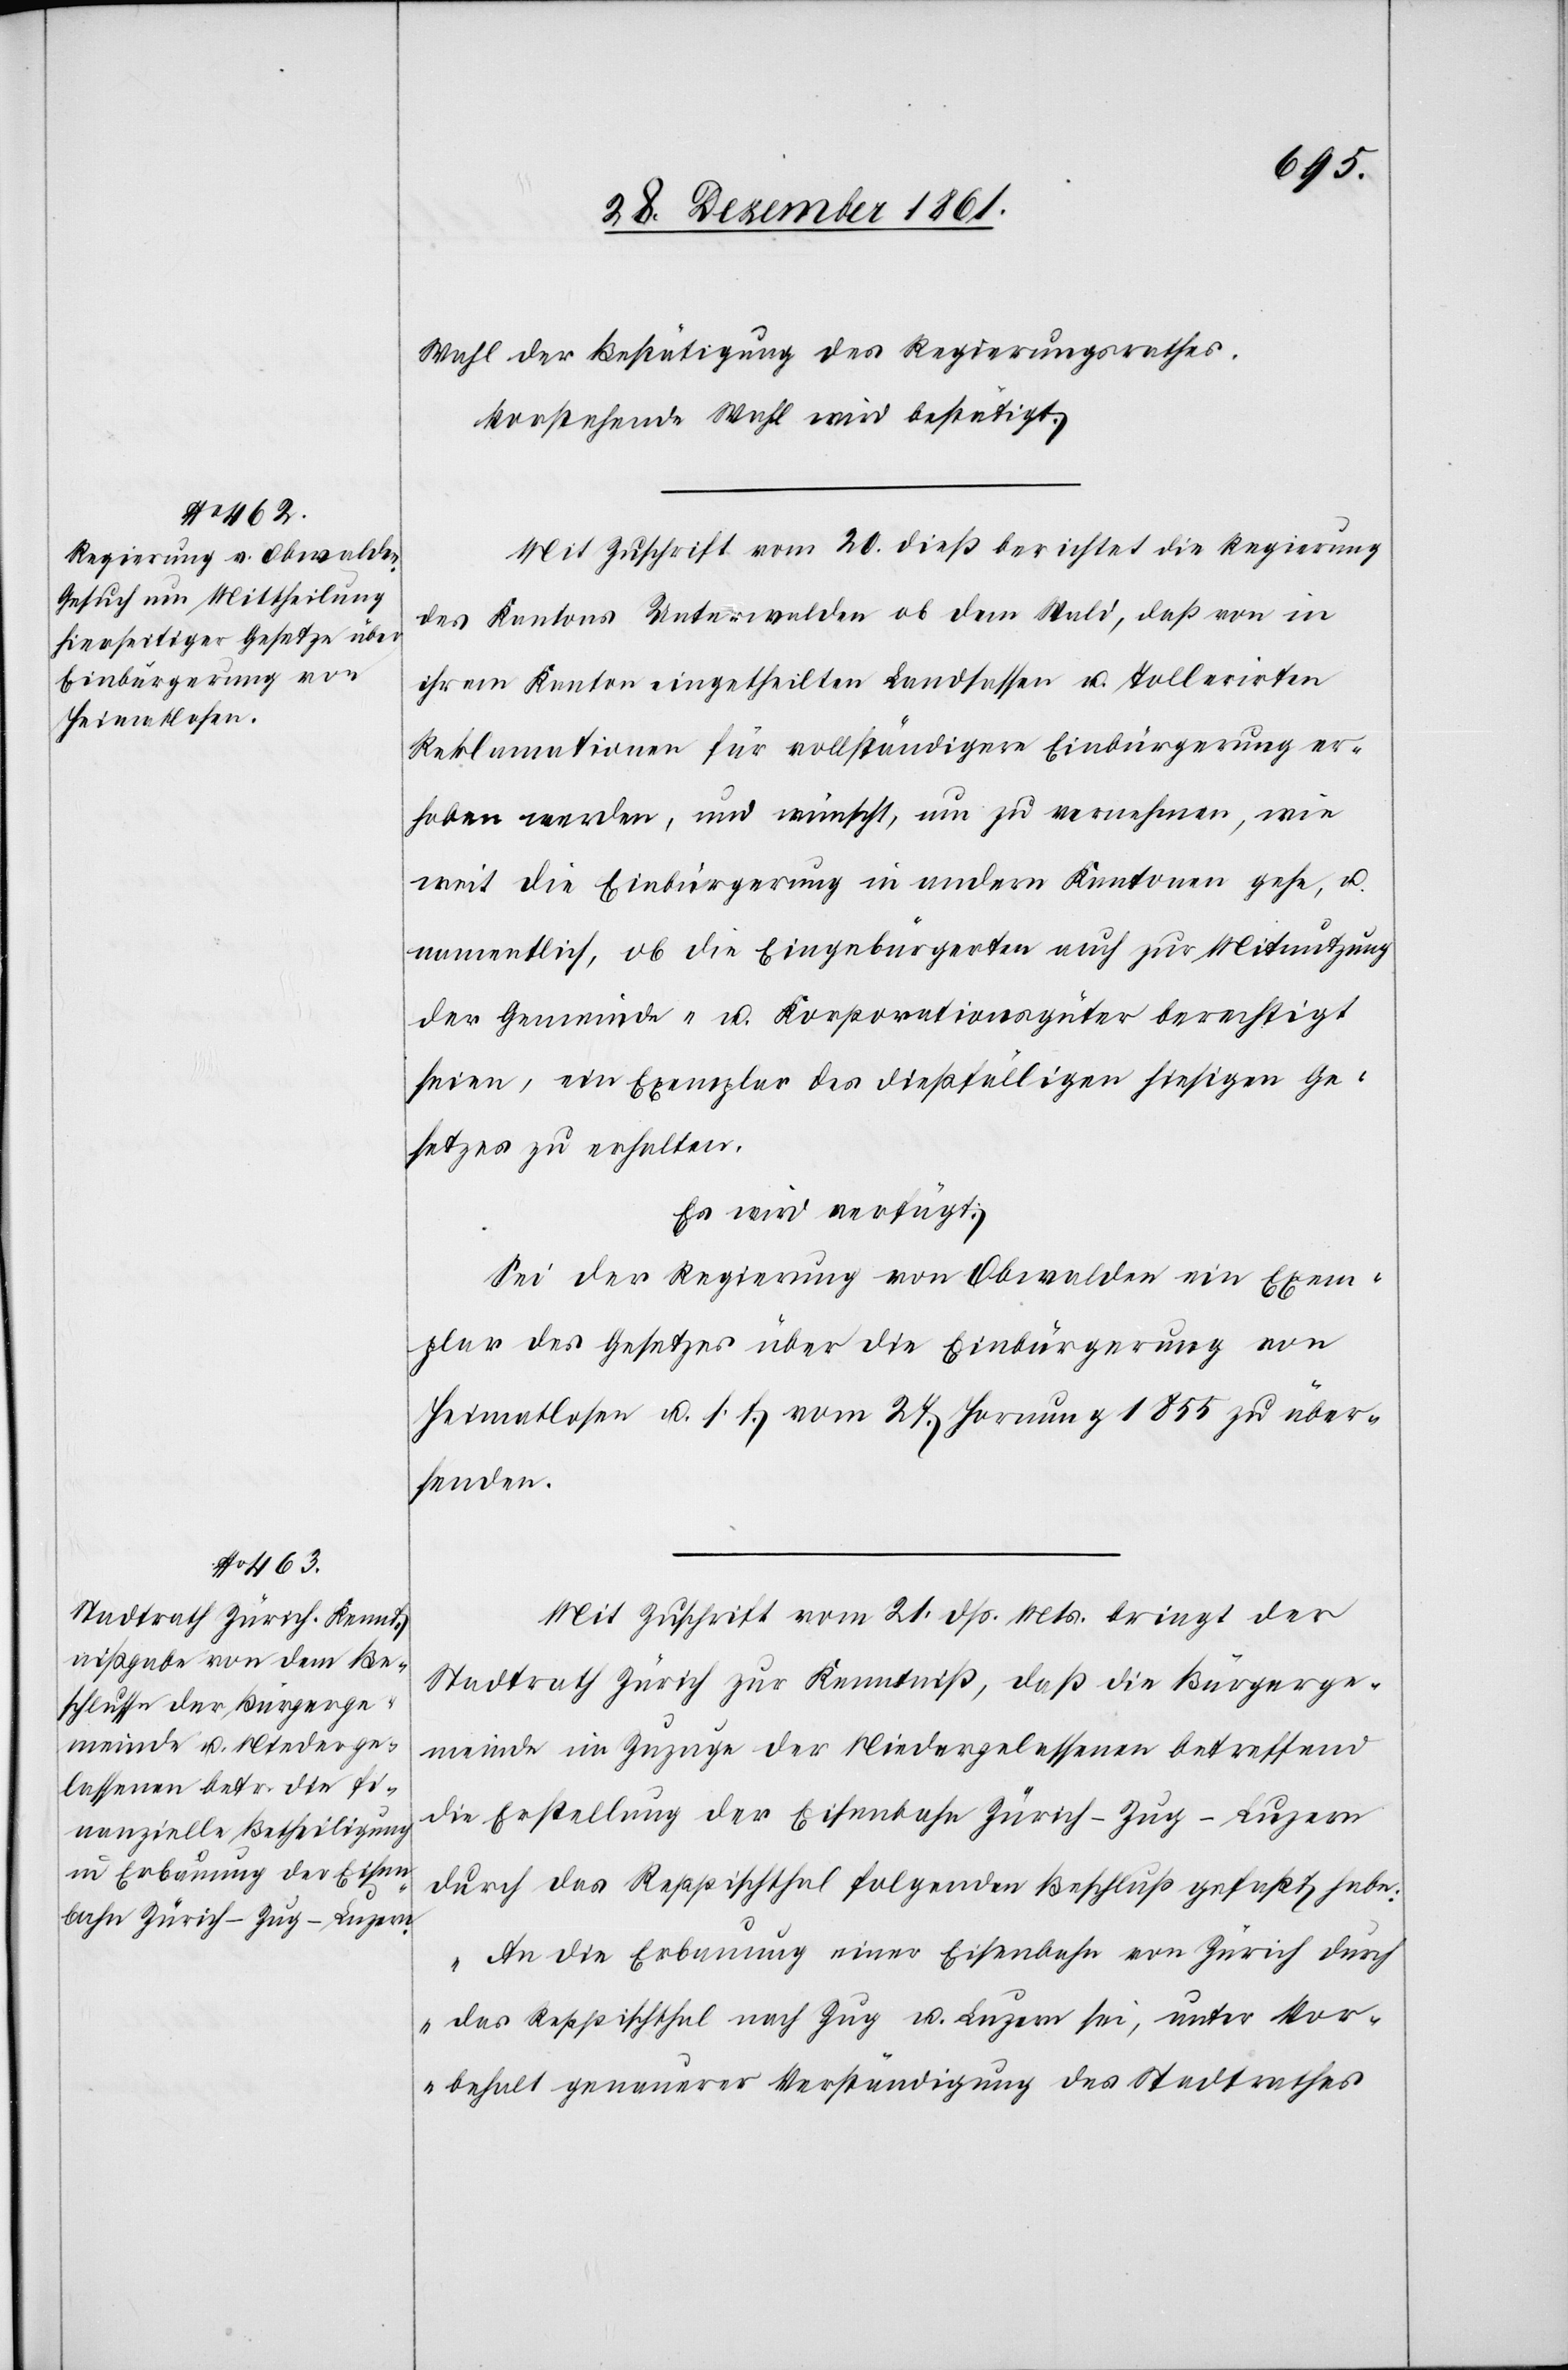
Wahl der Bestätigung des Regierungsrathes.
Vorstehende Wahl wird bestätigt.
Mit Zuschrift vom 20 dieß berichtet die Regierung
des Kantons Unterwalden ob dem Wald, daß von in
ihrem Kanton eingetheilten Landsassen u. Tollerirten
Reklamationen für vollständigere Einbürgerung er¬
hoben werden, und wünscht, um zu vernehmen, wie
weit die Einbürgerung in andern Kantonen gehe, u.
namentlich, ob die Eingebürgerten auch zur Mitnutzung
der Gemeinde- u. Korporationsgüter berechtigt
seien, ein Exemplar des dießfälligen hiesigen Ge¬
setzes zu erhalten.
Es wird verfügt:
Sei der Regierung von Obwalden ein Exem¬
plar des Gesetzes über die Einbürgerung von
Heimatlosen u. s. f. vom 27 Hornung 1855 zu über¬
senden.
Mit Zuschrift vom 21 dss. Mts. bringt der
Stadtrath Zürich zur Kenntniß, daß die Bürgerge¬
meinde im Zuzuge der Niedergelassenen betreffend
die Erstellung der Eisenbahn Zürich-Zug-Luzern
durch das Reppischthal folgenden Beschluß gefaßt habe:
„An die Erbauung einer Eisenbahn von Zürich durch
das Reppischthal nach Zug u. Luzern sei, unter Vor¬
behalt genauerer Verständigung des Stadtrathes